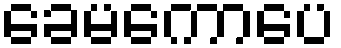
ခေမကောပေ